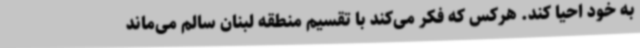
به خود احیا کند. هرکس که فکر می‌کند با تقسیم منطقه لبنان سالم می‌ماند